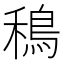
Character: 𫚴